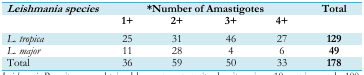
<table><thead><tr><td><b><i>Leishmania species</i></b></td><td colspan="4"><b>*Number of Amastigotes</b></td><td><b>Total</b></td></tr><tr><td></td><td><b>1+</b></td><td><b>2+</b></td><td><b>3+</b></td><td><b>4+</b></td><td></td></tr></thead><tbody><tr><td><i>L. tropica</i></td><td>25</td><td>31</td><td>46</td><td>27</td><td><b>129</b></td></tr><tr><td><i>L. major</i></td><td>11</td><td>28</td><td>4</td><td>6</td><td><b>49</b></td></tr><tr><td>Total</td><td>36</td><td>59</td><td>50</td><td>33</td><td><b>178</b></td></tr></tbody></table>